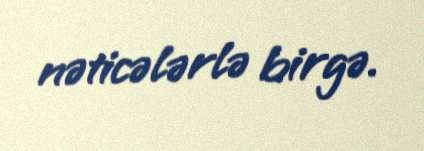
nəticələrlə birgə.